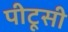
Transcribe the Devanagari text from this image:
पीटूसी